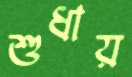
শুধায়